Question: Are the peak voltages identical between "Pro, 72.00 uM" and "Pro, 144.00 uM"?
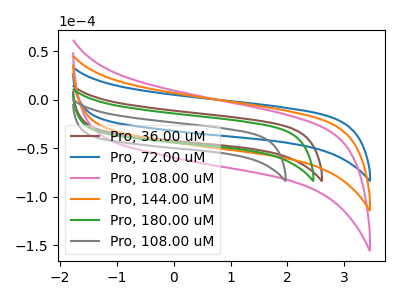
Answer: <think>The brown curve "Pro, 36.00 uM" has no peaks. The blue curve "Pro, 72.00 uM" has no peaks. The pink curve "Pro, 108.00 uM" has no peaks. The orange curve "Pro, 144.00 uM" has no peaks. The green curve "Pro, 180.00 uM" has no peaks. The gray curve "Pro, 108.00 uM" has no peaks.</think>
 <answer>Niether CV has any peaks.</answer>
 <eval>blanks</eval>